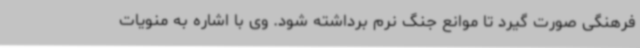
فرهنگی صورت گیرد تا موانع جنگ نرم برداشته شود. وی با اشاره به منویات